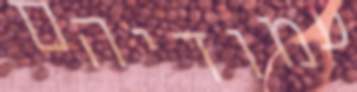
עמודיהם